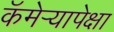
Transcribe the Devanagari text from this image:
कॅमेर्‍यापेक्षा